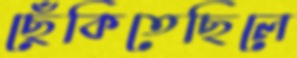
ছেঁকিতেছিলে